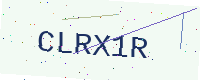
Text: CLRX1R